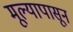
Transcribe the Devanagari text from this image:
मूल्यापासून